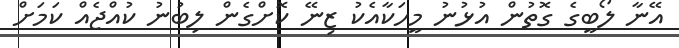
އޭނާ ލޯބީގެ ގޮތުން އުޅުނު މީހަކާއެކު ޒިނޭ ކޮށްގެން ލިބުނު ކުއްޖެއް ކަމަށް